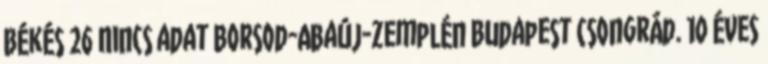
Békés 26 Nincs adat Borsod-Abaúj-Zemplén Budapest Csongrád. 10 ÉVES